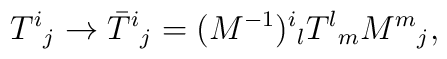
T^{i}{}_{j} \rightarrow\bar{T}^{i}{}_{j} = (M^{-1})^{i}{}_{l} T^{l}{}_{m} M^{m}{}_{j},